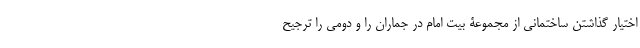
اختیار گذاشتن ساختمانی از مجموعۀ بیت امام در جماران را و دومی را ترجیح